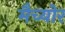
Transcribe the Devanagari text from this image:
मैच्योर